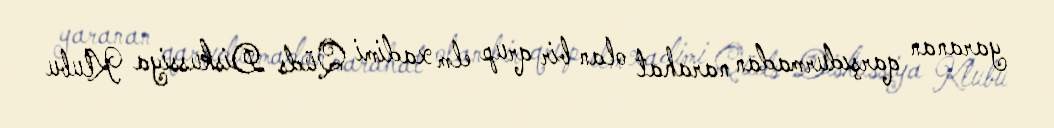
yaranan qarşıdurmadan narahat olan bir qrup elm xadimi Qüds Diskussiya Klubu